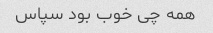
همه چی خوب بود سپاس